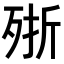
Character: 𣨋